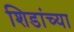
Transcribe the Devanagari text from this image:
शिडांच्या